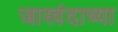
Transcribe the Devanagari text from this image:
जास्वंदाच्या